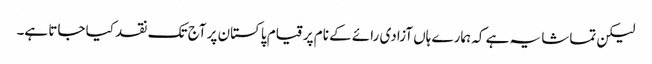
لیکن تماشا یہ ہے کہ ہمارے ہاں آزادی رائے کے نام پر قیام پاکستان پر آج تک نقد کیا جاتا ہے۔